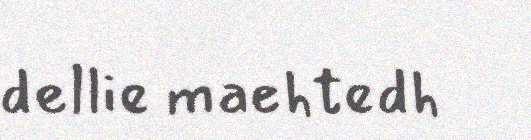
dellie maehtedh